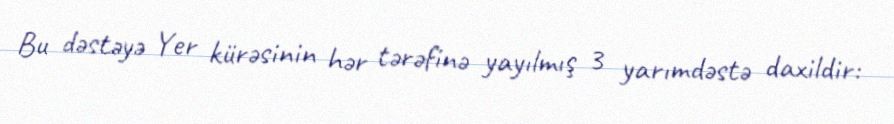
Bu dəstəyə Yer kürəsinin hər tərəfinə yayılmış 3 yarımdəstə daxildir: